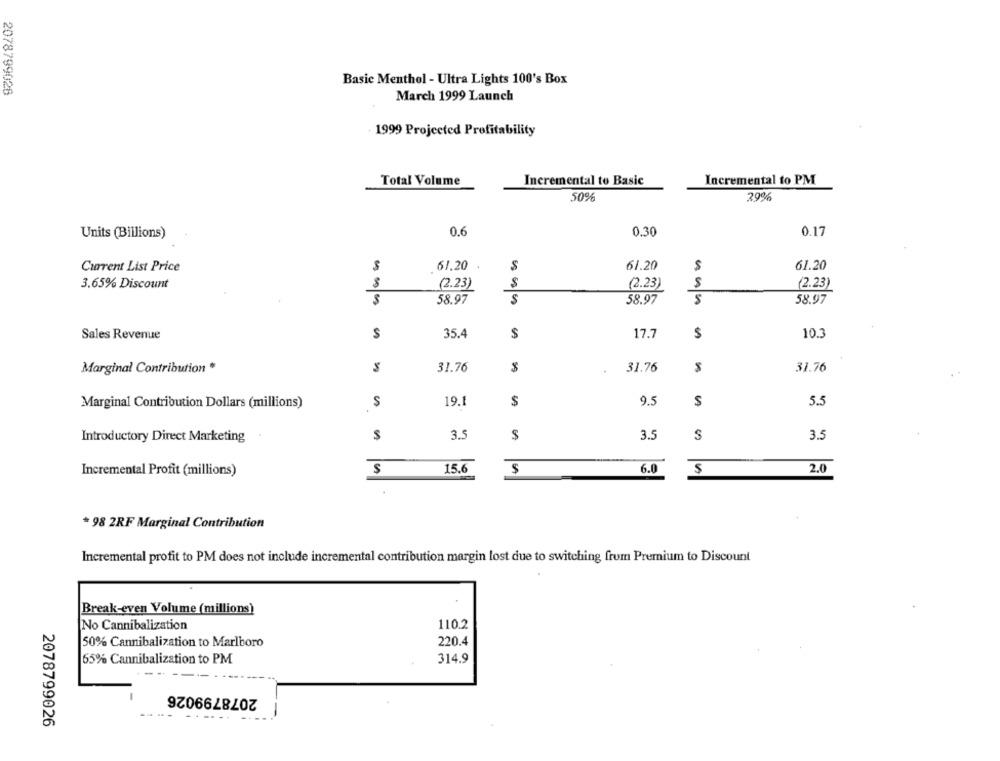
Basic Menthol - Ultra Lights 100's Box
2078799026
March 1999 Launch
1999 Projected Profitability
Total Volume
Incremental to Basic
Incremental to PM
50%
29%
Units (Billions)
0.6
0.30
0.17
$
61.20 .
$
61.20
61.20
Current List Price
$
3.65% Discount
(2.23)
$
(2.23)
S
(2.23)
5
58.97
58.97
58.97
Sales Revenue
S
35.4
$
17.7
$
10.3
Marginal Contribution *
S
31.76
$
31.76
31.76
Marginal Contribution Dollars (millions)
$
19.1
$
9.5
$
5.5
Introductory Direct Marketing
$
3.5
$
3.5
$
3.5
Incremental Profit (millions)
$
15.6
$
6.0
$
2.0
* 98 2RF Marginal Contribution
Incremental profit to PM does not include incremental contribution margin lost due to switching from Premium to Discount
Break-even Volume (millions)
No Cannibalization
110.2
50% Cannibalization to Marlboro
220.4
65% Cannibalization to PM
314.9
2078799026
.. ....
2078799026